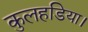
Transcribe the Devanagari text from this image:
कुलहडिया।